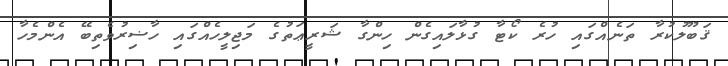
ޤަބޫލުކުރާ ތަނެއްގައި ހުރެ ކޯޓާ ގުޅާލައިގެން ހިންގާ ޝަރީޢަތުގެ މަޖިލީހެއްގައި ހާޟިރުވެތިބޭ އެންމެހާ